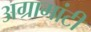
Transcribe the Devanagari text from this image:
अग्रामांटी